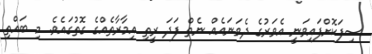
ސިފަކޮށްފައިވަނީ އެވަރުގެ ދެވަނައެއް ނެތް ފަދަ ރީތި އިމާރާތެއްގެ ގޮތުގައެވެ. މި ބައްތި